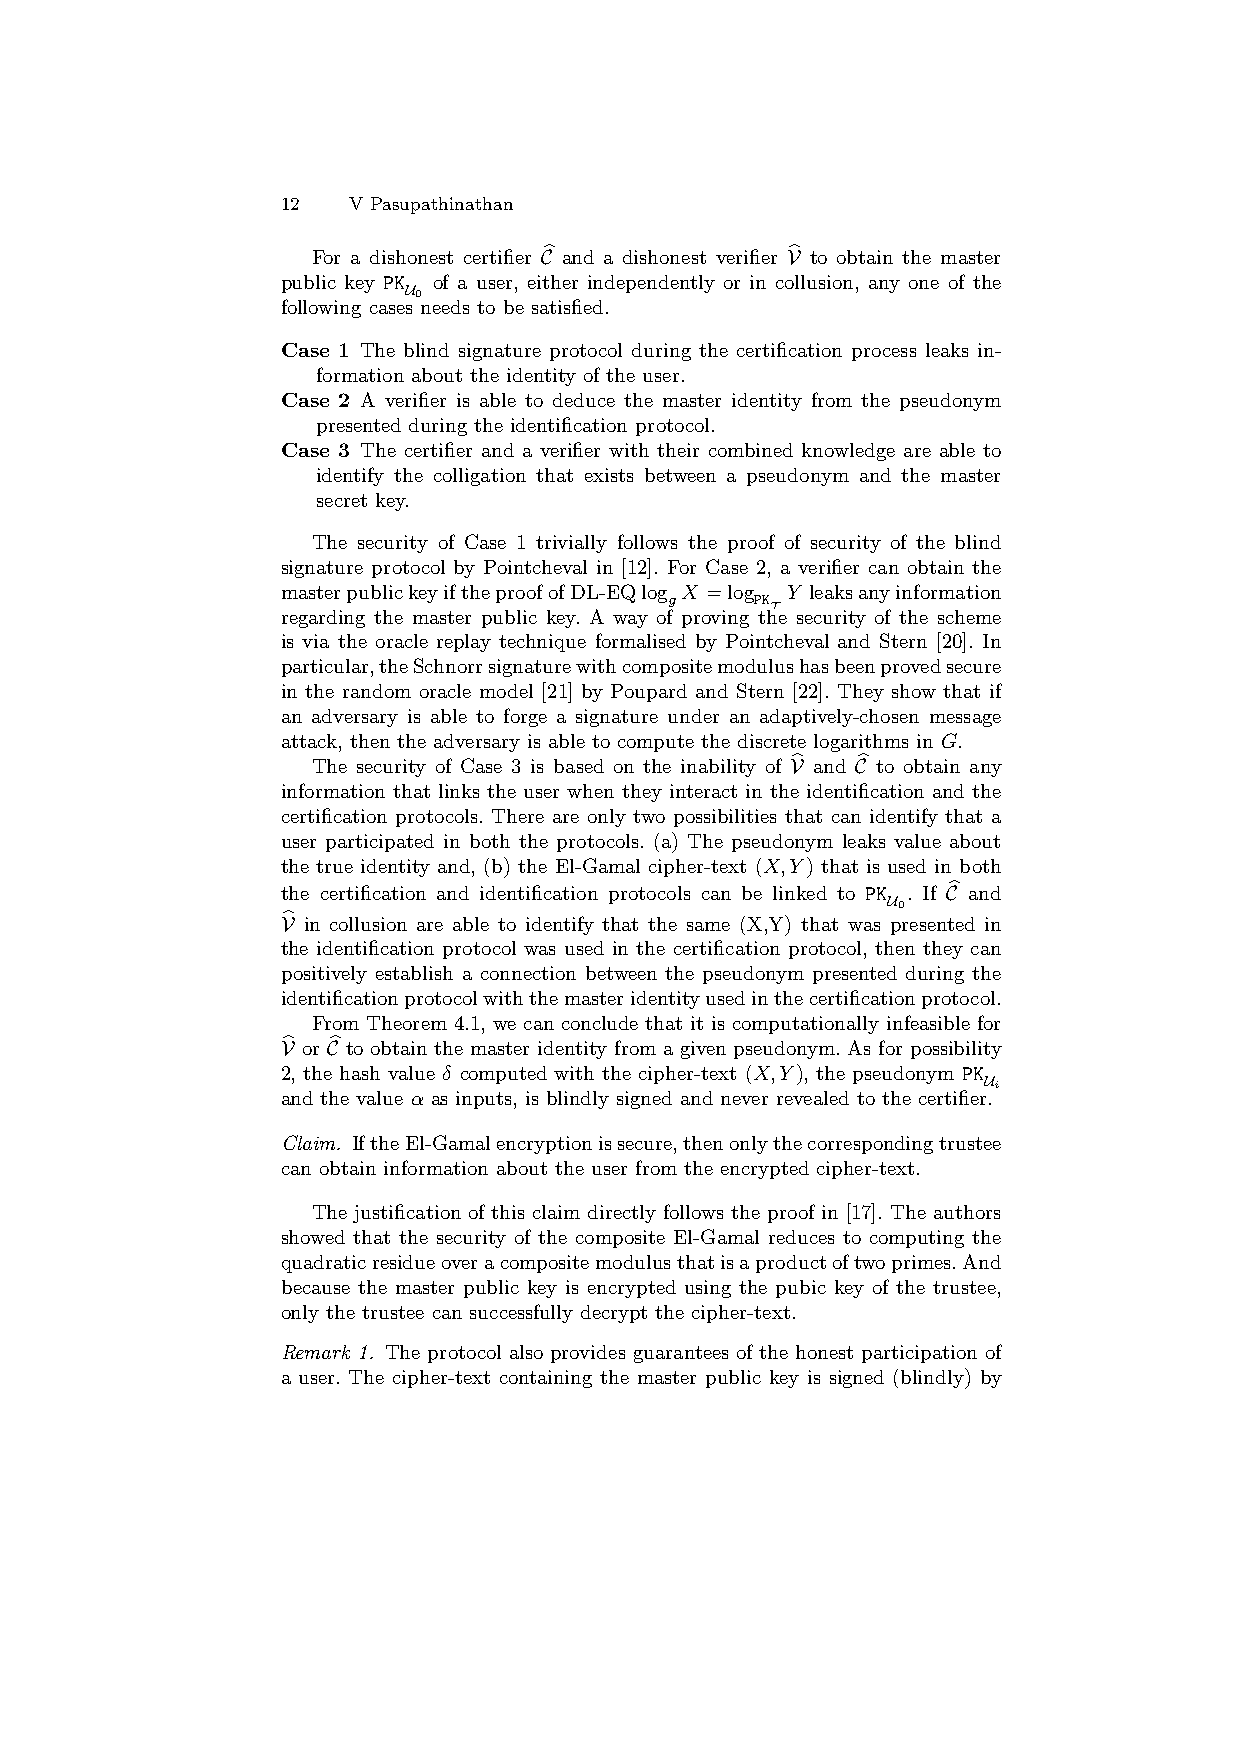
12  V Pasupathinathan
 b               b
 For a dishonest certifier C and a dishonest verifier V to obtain the master
 public key PK of a user, either independently or in collusion, any one of the
 U0
 following cases needs to be satisfied.
 Case 1 The blind signature protocol during the certification process leaks in-
 formation about the identity of the user.
 Case 2 A verifier is able to deduce the master identity from the pseudonym
 presented during the identification protocol.
 Case 3 The certifier and a verifier with their combined knowledge are able to
 identify the colligation that exists between a pseudonym and the master
 secret key.
 The security of Case 1 trivially follows the proof of security of the blind
 signature protocol by Pointcheval in [12]. For Case 2, a verifier can obtain the
 masterpublickeyiftheproofofDL-EQlog X =log Y leaksanyinformation
 g     PK
 T
 regarding the master public key. A way of proving the security of the scheme
 is via the oracle replay technique formalised by Pointcheval and Stern [20]. In
 particular,theSchnorrsignaturewithcompositemodulushasbeenprovedsecure
 in the random oracle model [21] by Poupard and Stern [22]. They show that if
 an adversary is able to forge a signature under an adaptively-chosen message
 attack, then the adversary is able to compute the discrete logarithms in G.
 b    b
 The security of Case 3 is based on the inability of V and C to obtain any
 information that links the user when they interact in the identification and the
 certification protocols. There are only two possibilities that can identify that a
 user participated in both the protocols. (a) The pseudonym leaks value about
 the true identity and, (b) the El-Gamal cipher-text (X,Y) that is used in both
 the certification and identification protocols can be linked to PK . If Cb and
 U0
 b
 V in collusion are able to identify that the same (X,Y) that was presented in
 the identification protocol was used in the certification protocol, then they can
 positively establish a connection between the pseudonym presented during the
 identificationprotocolwiththemasteridentityusedinthecertificationprotocol.
 From Theorem 4.1, we can conclude that it is computationally infeasible for
 b  b
 V or C to obtain the master identity from a given pseudonym. As for possibility
 2, the hash value δ computed with the cipher-text (X,Y), the pseudonym PK
 Ui
 and the value α as inputs, is blindly signed and never revealed to the certifier.
 Claim. IftheEl-Gamalencryptionissecure,thenonlythecorrespondingtrustee
 can obtain information about the user from the encrypted cipher-text.
 The justification of this claim directly follows the proof in [17]. The authors
 showed that the security of the composite El-Gamal reduces to computing the
 quadraticresidueoveracompositemodulusthatisaproductoftwoprimes.And
 because the master public key is encrypted using the pubic key of the trustee,
 only the trustee can successfully decrypt the cipher-text.
 Remark 1. The protocol also provides guarantees of the honest participation of
 a user. The cipher-text containing the master public key is signed (blindly) by